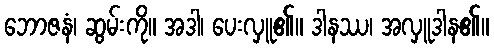
ဘောဇနံ၊ ဆွမ်းကို။ အဒါ၊ ပေးလှူ၏။ ဒါနဿ၊ အလှူဒါန၏။